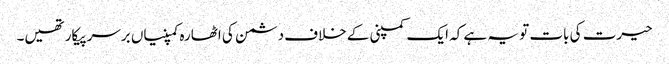
حیرت کی بات تو یہ ہے کہ ایک کمپنی کے خلاف دشمن کی اٹھارہ کمپنیاں برسرپیکار تھیں۔